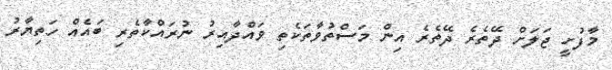
މާފުށީ ޖަލަށް ދޭތެރެ ދޭތެރެ އިން މަސްތުވާތަކެތި ވައްދާއިރު ނުރައްކާތެރި ބައެއް ހަތިޔާރު